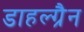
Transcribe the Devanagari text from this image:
डाहल्ग्रैन